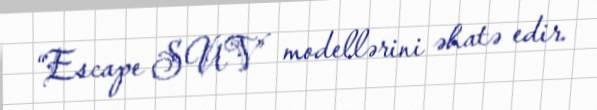
“Escape SUV” modellərini əhatə edir.